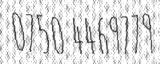
0750 4469779